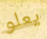
يعلو